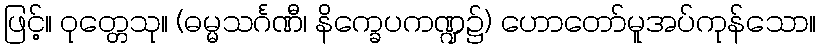
ဖြင့်။ ဝုတ္တေသု။ (ဓမ္မသင်္ဂဏီ၊ နိက္ခေပကဏ္ဍ၌) ဟောတော်မူအပ်ကုန်သော။